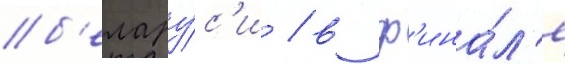
б'елару́с'и / в ф'ина́л'е